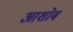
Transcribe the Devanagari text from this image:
आशोब